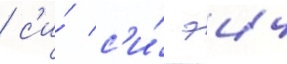
/ с'и́ с'и́ эич